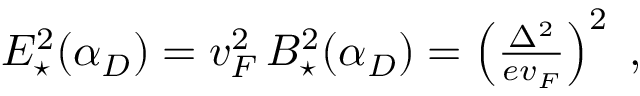
\begin{array} { r } { E _ { \star } ^ { 2 } ( \alpha _ { D } ) = v _ { F } ^ { 2 } \, B _ { \star } ^ { 2 } ( \alpha _ { D } ) = \left( \frac { \Delta ^ { 2 } } { e v _ { F } } \right) ^ { 2 } \; , } \end{array}